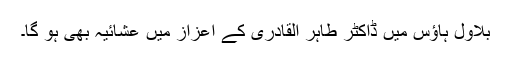
بلاول ہاؤس میں ڈاکٹر طاہر القادری کے اعزاز میں عشائیہ بھی ہو گا۔